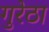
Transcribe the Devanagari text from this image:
गुरेठा